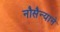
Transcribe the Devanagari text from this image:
नौसैन्याने